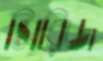
সিরিজ